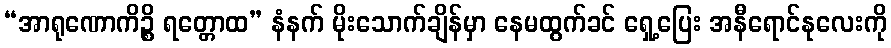
“အာရုဏောကိဉ္စိ ရတ္တောထ” နံနက် မိုးသောက်ချိန်မှာ နေမထွက်ခင် ရှေ့ပြေး အနီရောင်နုလေးကို